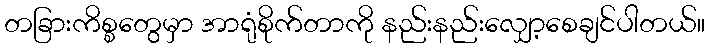
တခြားကိစ္စတွေမှာ အာရုံစိုက်တာကို နည်းနည်းလျှော့စေချင်ပါတယ်။